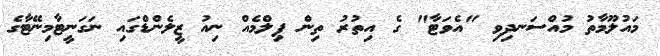
މައުލޫމާތު މުއްސަނދިވި "އެވަޓާ" ގެ އިތުރު ތިން ފިލްމެއް ނިއު ޒީލެންޑްގައި ނަގަނީޓާމިނޭޓާގެ